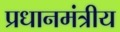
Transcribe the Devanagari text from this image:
प्रधानमंत्रीय